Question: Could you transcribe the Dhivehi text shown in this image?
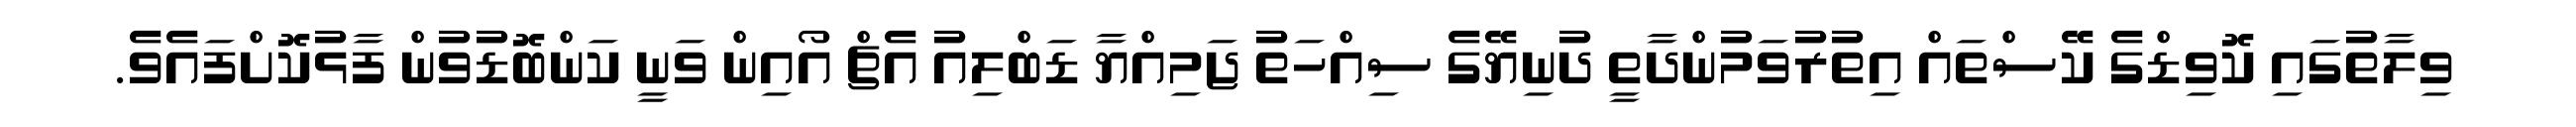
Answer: ވިލާތުގައި ކޮވިޑްގެ ކޭސްތައް އިތުރުވަމުންދާތީ ދުނިޔޭގެ ސިއްހަތު ޖަމިއްޔާ ޑަބްލިއު އެޗް އޯއިން ވަނީ ކަންބޮޑުވުން ފާޅުކޮށްފައެވެ.